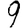
Digit: 9